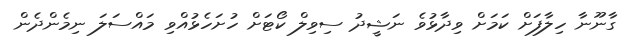
ގާނޫނާ ހިލާފަށް ކަމަށް ވިދާޅުވެ ނަޝީދު ސިވިލް ކޯޓަށް ހުށަހެޅުއްވި މައްސަލަ ނިމެންދެން